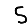
Digit: 5